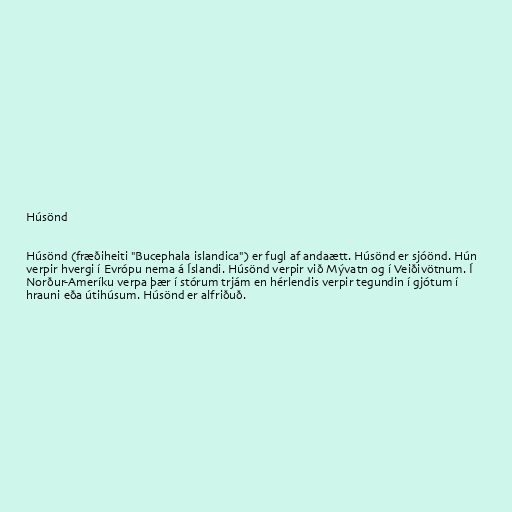
Húsönd

Húsönd (fræðiheiti "Bucephala islandica") er fugl af andaætt. Húsönd er sjóönd. Hún
verpir hvergi í Evrópu nema á Íslandi. Húsönd verpir við Mývatn og í Veiðivötnum. Í
Norður-Ameríku verpa þær í stórum trjám en hérlendis verpir tegundin í gjótum í
hrauni eða útihúsum. Húsönd er alfriðuð.